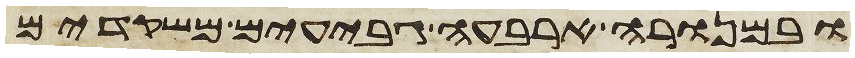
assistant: ובמנורה ארבעה גבעים משקדים